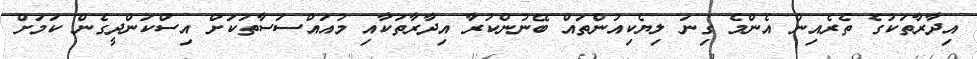
އިދާރާތަކުގެ ތެރެއިން އެންމެ ގިނަ ލިޔެކިއުންތައް ބޭނުންކުރާ އިދާރާތަކާއި މުއައްސަސާތަކަށް އިސްކަންދީގެން ކަމަށް